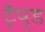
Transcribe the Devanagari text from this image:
ट्रैप्ड